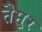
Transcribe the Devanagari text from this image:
तैमु्र